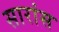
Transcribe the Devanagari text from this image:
सारांस